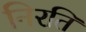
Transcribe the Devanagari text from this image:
निरति